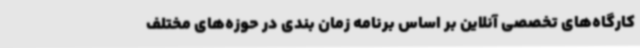
کارگاه‌های تخصصی آنلاین بر اساس برنامه زمان بندی در حوزه‌های مختلف